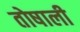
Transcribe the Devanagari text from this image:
तोषाली